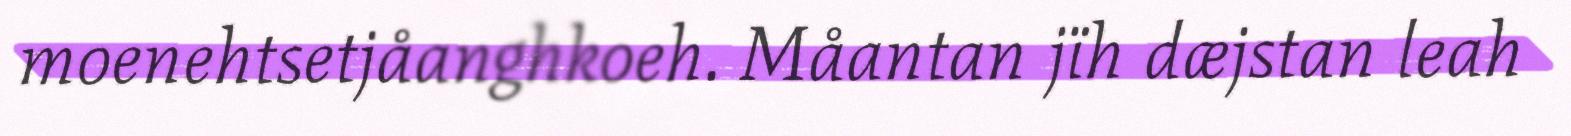
moenehtsetjåanghkoeh. Måantan jïh dæjstan leah